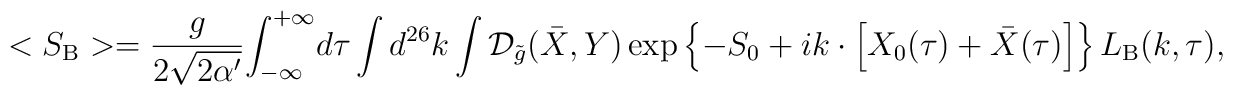
<{S_{\mbox{\scriptsize B}}}>={g\over{2\sqrt{2\alpha'}}}{\int_{-\infty}^{+\infty}}d\tau\int{d^{26}}k\int{\mathcal{D}_{\tilde{g}}}(\bar{X},Y)\exp\left\{-{S_0}+ik\cdot\left[{X_0}(\tau)+\bar{X}(\tau)\right]\right\}{L_{\mbox{\scriptsize B}}}(k,\tau),